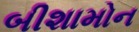
બીશામોન